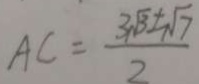
A C = \frac { 3 \sqrt { 3 } \pm \sqrt { 7 } } { 2 }